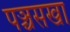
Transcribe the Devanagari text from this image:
पञ्चसखा